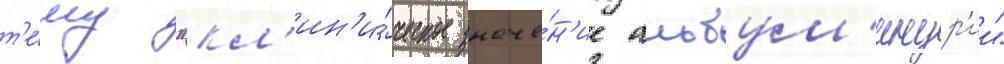
т'е́му "кл'ин'и́ческое значе́н'ие альбум'инур'ии"